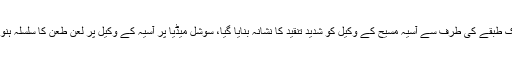
اسی طرح ایک طبقے کی طرف سے آسیہ مسیح کے وکیل کو شدید تنقید کا نشانہ بنایا گیا، سوشل میڈیا پر آسیہ کے وکیل پر لعن طعن کا سلسلہ ہنوز جاری ہے۔